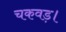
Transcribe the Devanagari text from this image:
चकवड़।